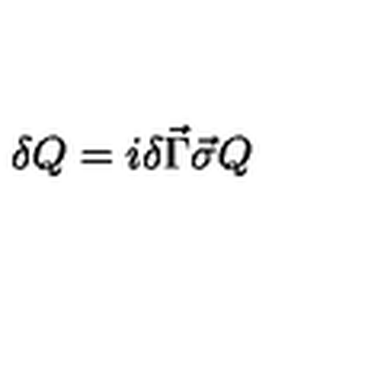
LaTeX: \delta Q = i \delta \vec { \Gamma } \vec { \sigma } Q